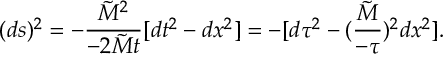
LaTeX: ( d s ) ^ { 2 } = - { \frac { { \tilde { M } } ^ { 2 } } { - 2 { \tilde { M } } t } } [ d t ^ { 2 } - d x ^ { 2 } ] = - [ d \tau ^ { 2 } - ( { \frac { \tilde { M } } { - \tau } } ) ^ { 2 } d x ^ { 2 } ] .